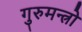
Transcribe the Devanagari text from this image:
गुरुमन्त्रो